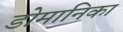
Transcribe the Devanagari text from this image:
डोमानिका